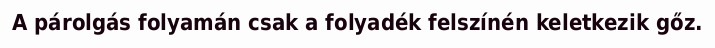
A párolgás folyamán csak a folyadék felszínén keletkezik gőz.